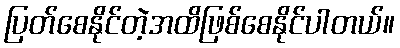
ပြတ်စေနိုင်တဲ့အထိဖြစ်စေနိုင်ပါတယ်။